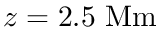
z = 2 . 5 \ \mathrm { M m }